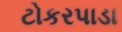
ટોકરપાડા